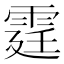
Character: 霆